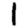
Digit: 1